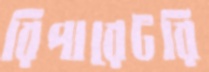
রিপারেটরি